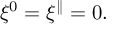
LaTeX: \xi ^ { 0 } = \xi ^ { \parallel } = 0 .